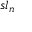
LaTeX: { \mathfrak { s l } } _ { n }